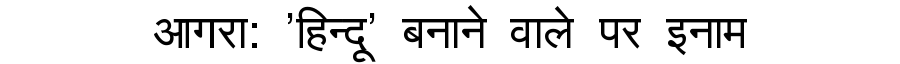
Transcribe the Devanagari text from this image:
आगरा: 'हिन्दू' बनाने वाले पर इनाम